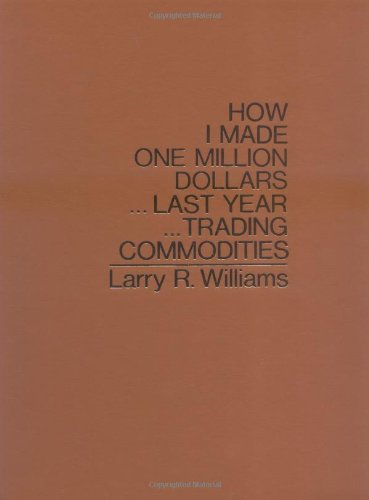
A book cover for How I Made One Million Dollars ... Last Year ... Trading Commodities; Larry R. Williams; Business & Money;